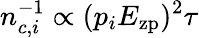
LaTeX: n_{c,i}^{-1}\propto(p_{i}{E}_{\mathrm{zp}})^{2}\tau